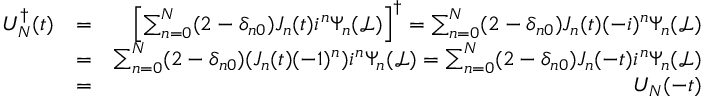
\begin{array} { r l r } { U _ { N } ^ { \dagger } ( t ) } & { = } & { \left[ \sum _ { n = 0 } ^ { N } ( 2 - \delta _ { n 0 } ) J _ { n } ( t ) i ^ { n } \Psi _ { n } ( \mathcal { L } ) \right] ^ { \dagger } = \sum _ { n = 0 } ^ { N } ( 2 - \delta _ { n 0 } ) J _ { n } ( t ) ( - i ) ^ { n } \Psi _ { n } ( \mathcal { L } ) } \\ & { = } & { \sum _ { n = 0 } ^ { N } ( 2 - \delta _ { n 0 } ) ( J _ { n } ( t ) ( - 1 ) ^ { n } ) i ^ { n } \Psi _ { n } ( \mathcal { L } ) = \sum _ { n = 0 } ^ { N } ( 2 - \delta _ { n 0 } ) J _ { n } ( - t ) i ^ { n } \Psi _ { n } ( \mathcal { L } ) } \\ & { = } & { U _ { N } ( - t ) } \end{array}